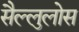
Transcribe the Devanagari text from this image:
सैल्लुलोस